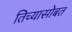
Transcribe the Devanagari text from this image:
तिच्यासोबत